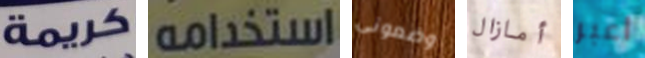
كريمة استخدامه وضعوني أمازال اعبر